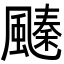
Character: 𩘢